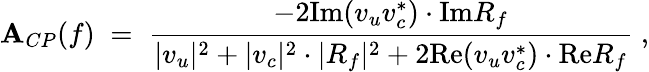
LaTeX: {\cal\mathbf{A}}_{CP}(f)\; =\; \frac{{-2\mathrm{{Im}}(v_{u}v_{c}^{*})\cdot\mathrm{{Im}}R_{f}}}{{|v_{u}|^{2}+|v_{c}|^{2}\cdot|R_{f}|^{2}+2\mathrm{{Re}}(v_{u}v_{c}^{*})\cdot\mathrm{{Re}}R_{f}}}\; ,